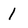
Character: 1